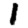
Digit: 1